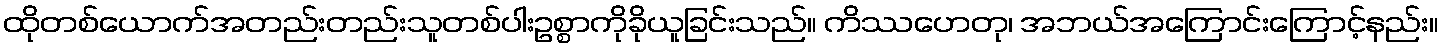
ထိုတစ်ယောက်အတည်းတည်းသူတစ်ပါးဥစ္စာကိုခိုယူခြင်းသည်။ ကိဿဟေတု၊ အဘယ်အကြောင်းကြောင့်နည်း။